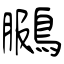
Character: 鵩